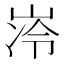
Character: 𪨺